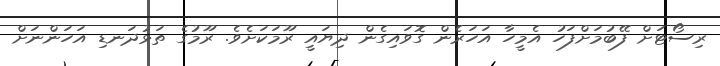
ރިސޯޓަށް ފޭބުމަށްފަހު އެމީހާ އަހަރެން ގޮވައިގެން ދިޔައީ ރޫމަކަށެވެ. ރޫމުގެ ތަޅުދަނޑި އަހަންނަށް